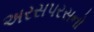
અરસપરસનો